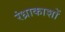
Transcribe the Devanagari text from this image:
रंध्राकाशों